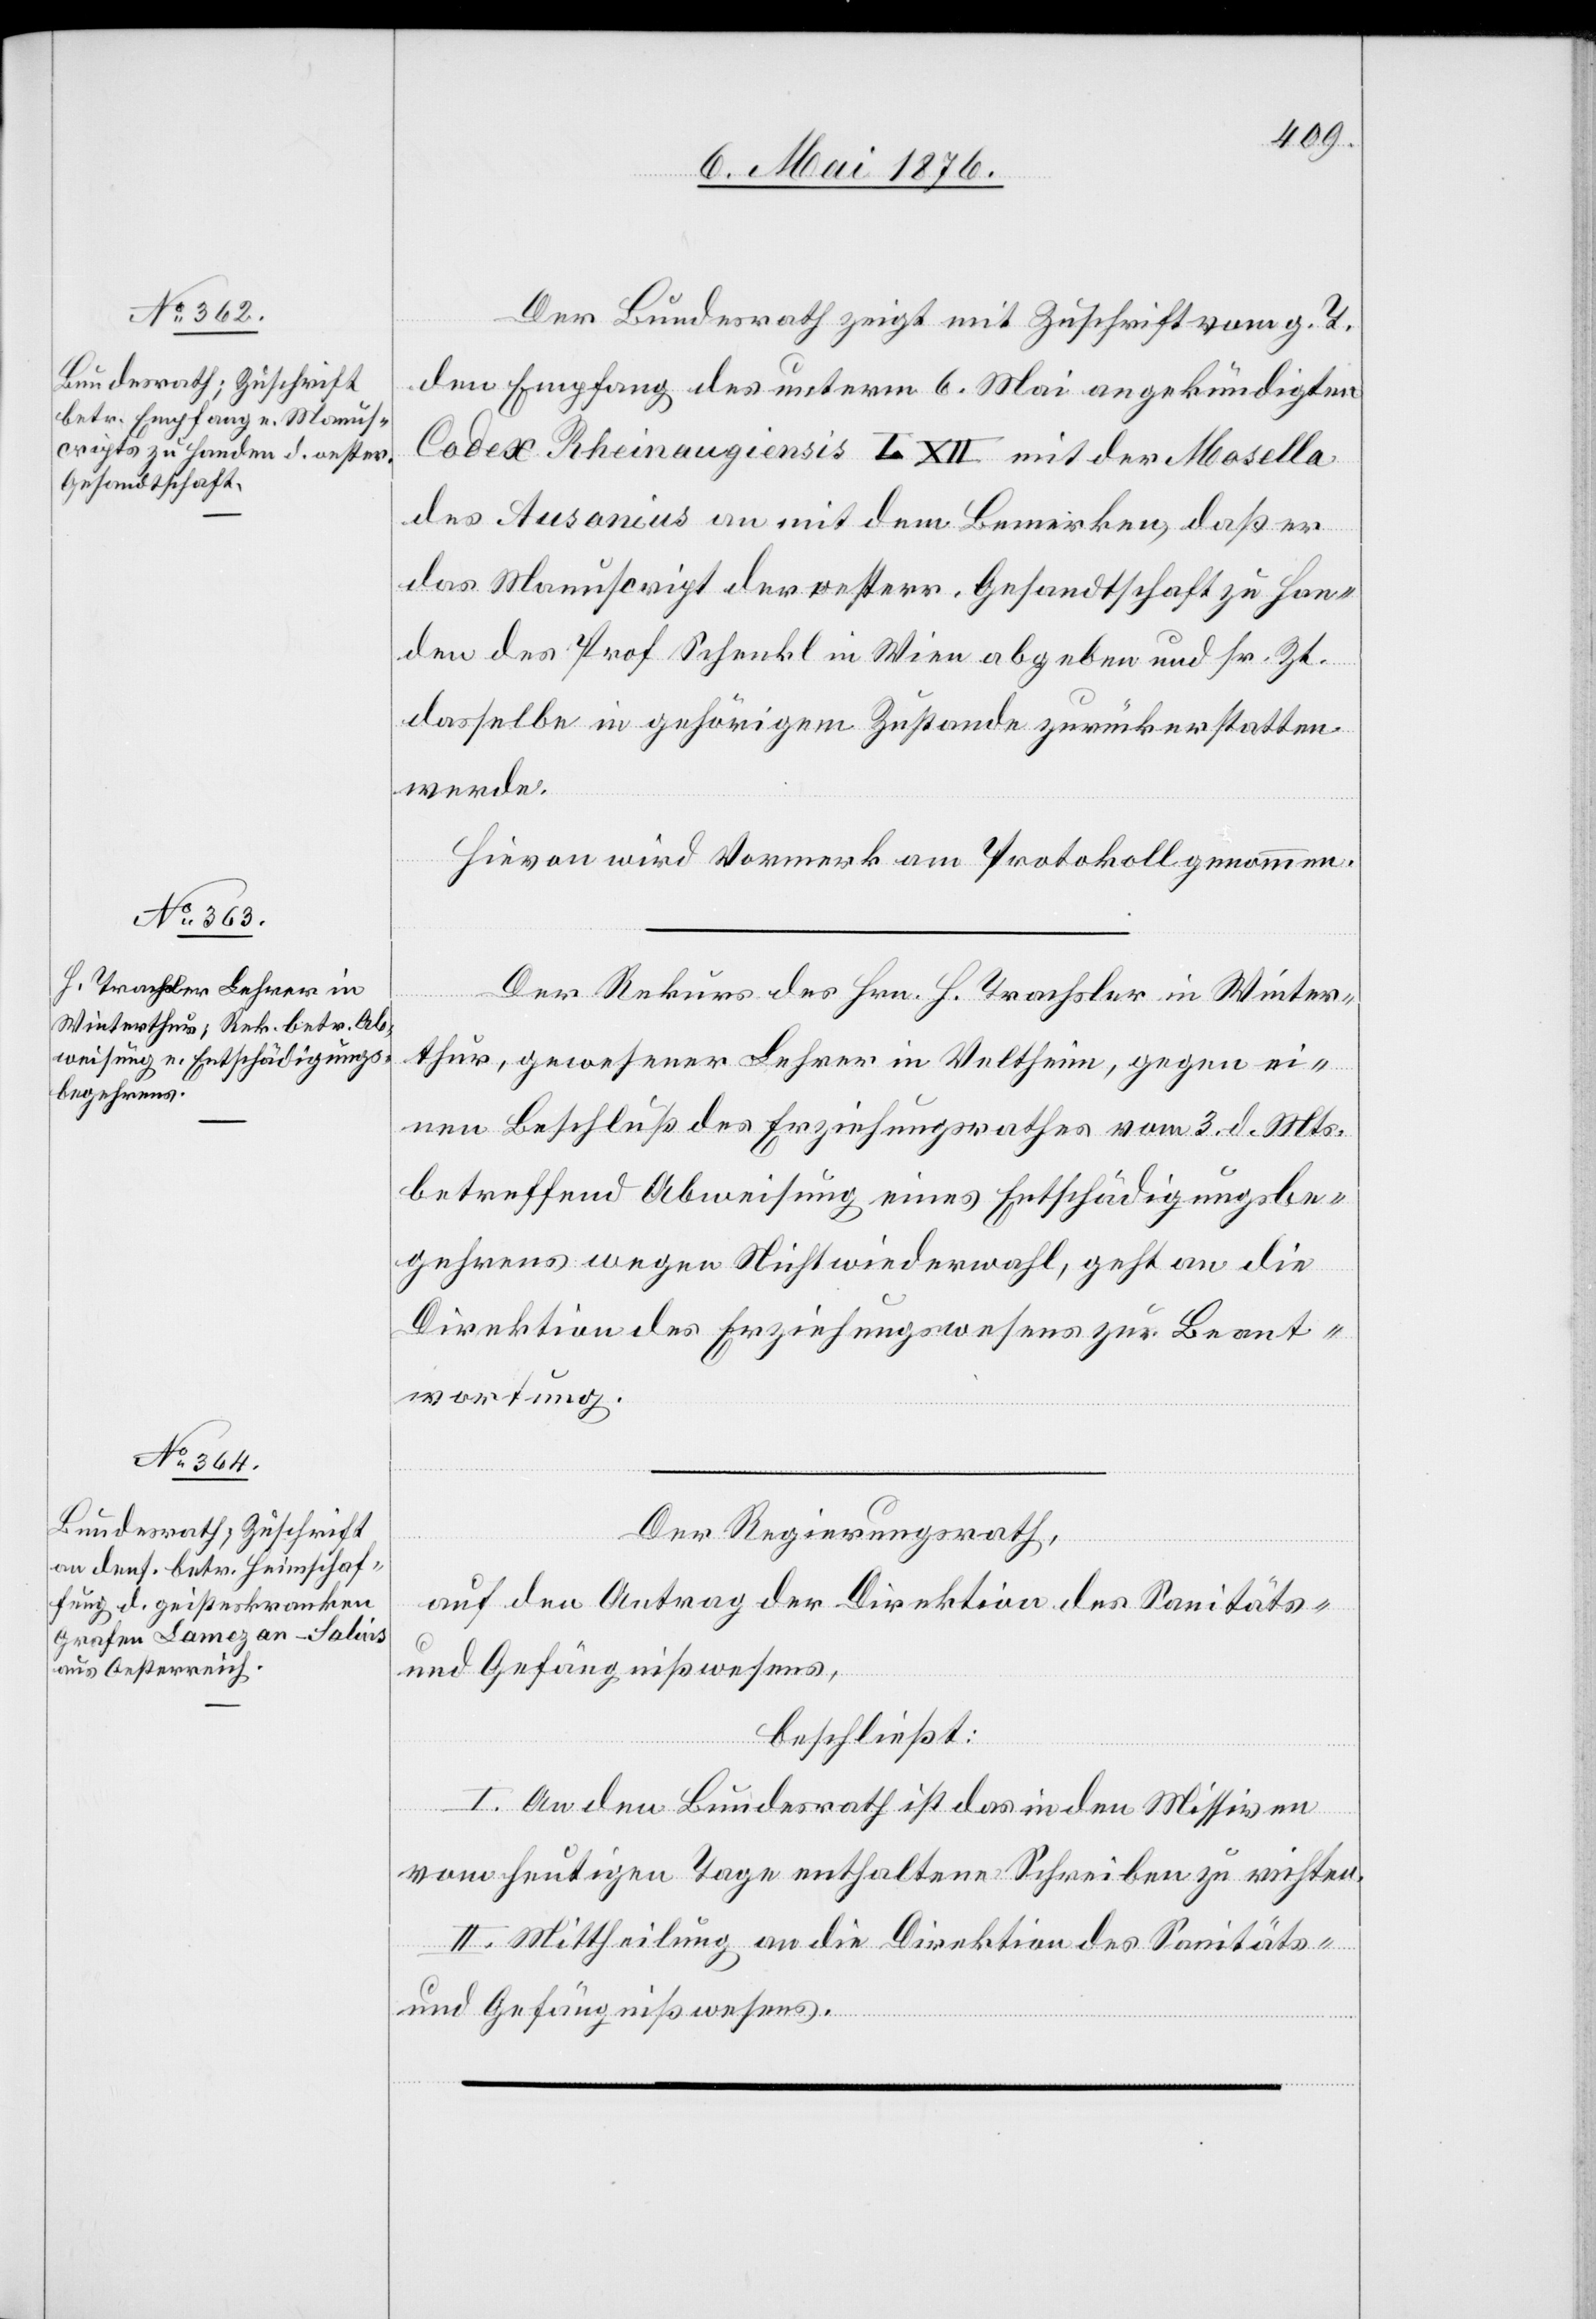
12. Mai 1876.]
Der Bundesrath zeigt mit Zuschrift vom g. T.
den Empfang des unterm 6. Mai angekündigten
Codex Rheinaugiensis L. XII. mit der Mosella
des Ausonius an mit dem Bemerken, daß er
das Manuscript der oesterr. Gesandtschaft zu Han¬
den des Prof. Schenkl in Wien abgeben und sr. Zt.
dasselbe in gehörigem Zustande zurückerstatten
werde.
l-Ver¬
Hievon wird Vormerk am Protokoll genommen.
Der Rekurs des Hrn. H. Trachsler in Winter¬
thur, gewesener Lehrer in Veltheim, gegen ei¬
nen Beschluß des Erziehungsrathes vom 3. d. Mts.
betreffend Abweisung eines Entschädigungsbe¬
gehrens wegen Nichtwiederwahl, geht an die
Direktion des Erziehungswesens zur Beant¬
wortung.
Der Regierungsrath,
auf den Antrag der Direktion des Sanitäts-
und Gefängnißwesens,
beschließt:
I. An den Bundesrath ist das in den Missiven
vom heutigen Tage enthaltene Schreiben zu richten.
II. Mittheilung an die Direktion des Sanitäts-
und Gefängnißwesens.
fügungen